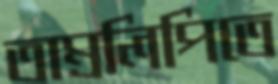
তাম্রলিপিতে